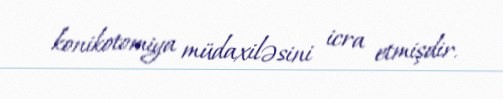
konikotomiya müdaxiləsini icra etmişdir.